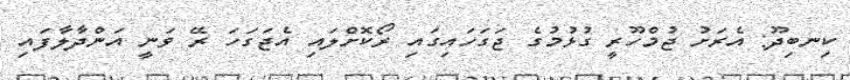
ކިނބިދޫ: އެރަށު ޖުމްހޫރީ ގުޅުމުގެ ޖަގަހައިގައި ރޯކޮށްލައި އެޖަގަހަ ރޭ ވަނީ އަންދާލާފައި